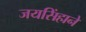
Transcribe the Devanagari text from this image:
जयसिंहाने